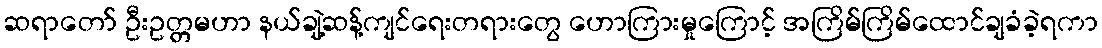
ဆရာတော် ဦးဥတ္တမဟာ နယ်ချဲ့ဆန့်ကျင်ရေးတရားတွေ ဟောကြားမှုကြောင့် အကြိမ်ကြိမ်ထောင်ချခံခဲ့ရကာ